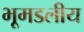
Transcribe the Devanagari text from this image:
भूमडलीय